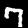
Label: 7